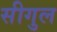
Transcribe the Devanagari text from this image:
सीगुल